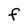
Character: f